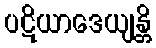
ပဋိယာဒေယျန္တိ